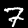
Label: 7